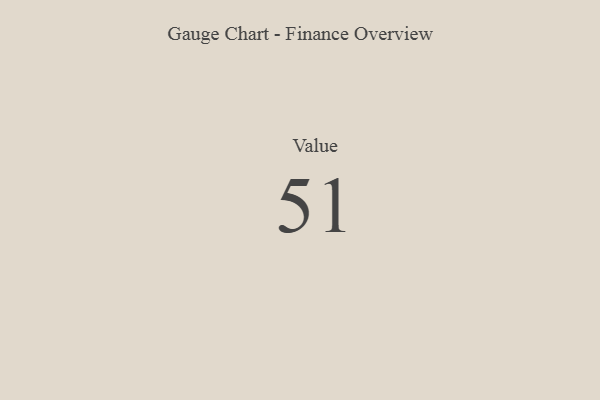
{"axis": {"x": "Metric", "y": "Value"}, "legend": [""], "data": [{"x": "Value", "y": 51, "type": ""}]}